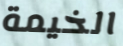
الخيمة